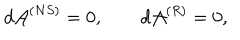
d { \cal A } ^ { ( N S ) } = 0 , \qquad d { \cal A } ^ { ( R ) } = 0 ,